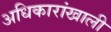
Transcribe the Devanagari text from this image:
अधिकारांखाली